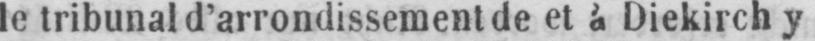
Diekirch y